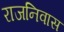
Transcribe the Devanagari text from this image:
राजनिवास